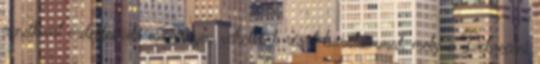
rendkívül érdekfeszítő eseményen vehettünk részt barátaimmal, mely a Debreceni